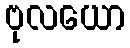
ဗုလယော